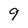
Character: 9